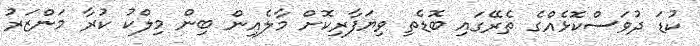
ކުޑަ ދުވަސްކޮޅެއްގެ ތެރޭގައި ބޮޑެތި ވިޔަފާރިކޮށް މާލެއިން ބިން މިލްކު ކުރާ މަންޒަރު